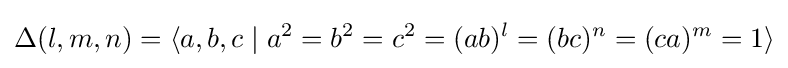
\Delta (l,m,n)=\langle a,b,c\mid a^{2}=b^{2}=c^{2}=(ab)^{l}=(bc)^{n}=(ca)^{m}=1\rangle